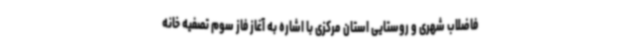
فاضلاب شهری و روستایی استان مرکزی با اشاره به آغاز فاز سوم تصفیه خانه